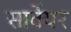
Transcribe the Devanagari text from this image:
सार्वेयर